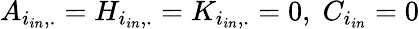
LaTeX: A_{i_{in},.}=H_{i_{in},.}=K_{i_{in},.}=0,\; C_{i_{in}}=0